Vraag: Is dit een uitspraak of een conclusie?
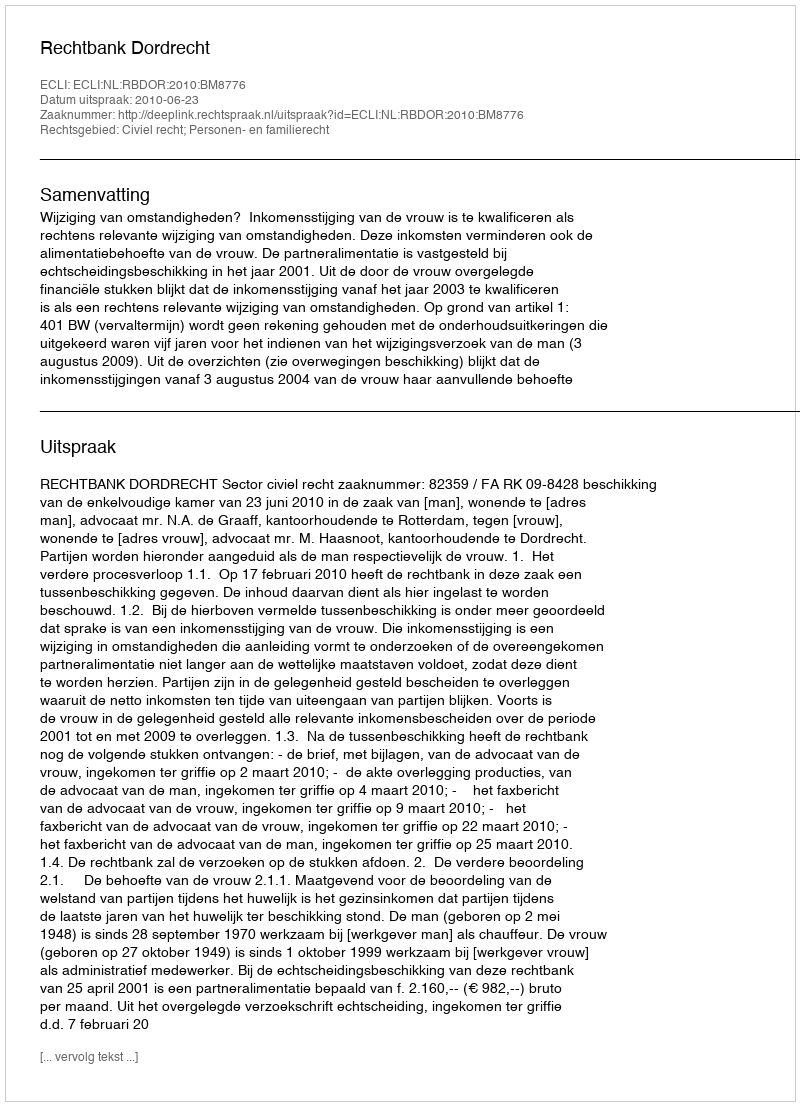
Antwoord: Uitspraak